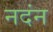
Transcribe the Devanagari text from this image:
नदंन